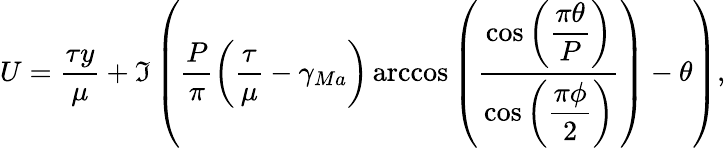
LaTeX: U=\frac{\tau y}{\mu}+\Im\left(\frac{P}{\pi}\left(\frac{\tau}{\mu}-\gamma_{Ma}\right)\operatorname{arccos}\left(\frac{\cos\left(\displaystyle\frac{\pi\theta}{P}\right)}{\cos\left(\displaystyle\frac{\pi\phi}{2}\right)}\right)-\theta\right),